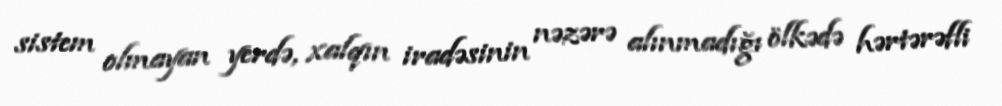
sistem olmayan yerdə, xalqın iradəsinin nəzərə alınmadığı ölkədə hərtərəfli